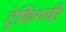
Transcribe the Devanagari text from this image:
ट्रेकिंगची